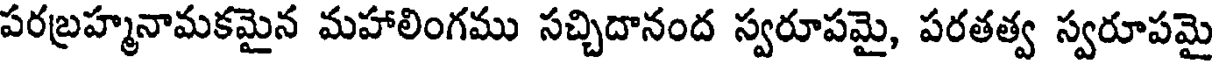
పరబ్రహ్మనామకమైన మహాలింగము సచ్చిదానంద స్వరూపమై, పరతత్వ స్వరూపమై